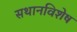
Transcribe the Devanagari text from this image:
सथानविशेष